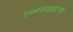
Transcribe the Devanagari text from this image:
स्फ्ध्ज्श्झ्स्फ्